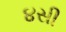
૪સી